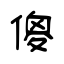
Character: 傻